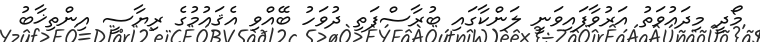
މޯދީ މިދައުވަތު އަރުވާފައިވަނީ ލަންކާގައި ބުރާސްފަތި ދުވަހު ބޭއްވި އެޤައުމުގެ ރިޔާސީ އިންތިޚާބު